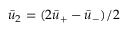
\bar { u } _ { 2 } = ( 2 \bar { u } _ { + } - \bar { u } _ { - } ) / 2